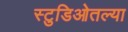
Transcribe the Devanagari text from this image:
स्टुडिओतल्या